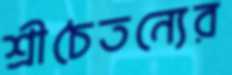
শ্রীচৈতন্যের